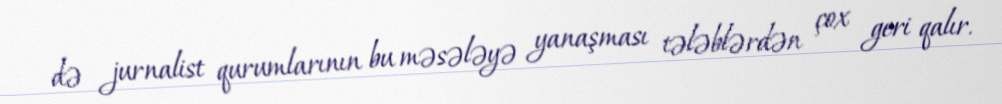
də jurnalist qurumlarının bu məsələyə yanaşması tələblərdən çox geri qalır.